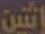
إنتين